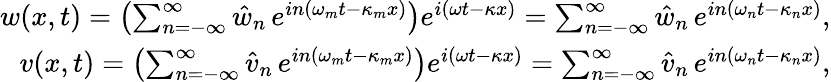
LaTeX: \begin{array}{r}{w(x,t)=\left(\sum_{n=-\infty}^{\infty}\hat{w}_{n}\, e^{in(\omega_{m}t-\kappa_{m}x)}\right)e^{i(\omega t-\kappa x)}=\sum_{n=-\infty}^{\infty}\hat{w}_{n}\, e^{in(\omega_{n}t-\kappa_{n}x)},}\\ {v(x,t)=\left(\sum_{n=-\infty}^{\infty}\hat{v}_{n}\, e^{in(\omega_{m}t-\kappa_{m}x)}\right)e^{i(\omega t-\kappa x)}=\sum_{n=-\infty}^{\infty}\hat{v}_{n}\, e^{in(\omega_{n}t-\kappa_{n}x)},}\end{array}